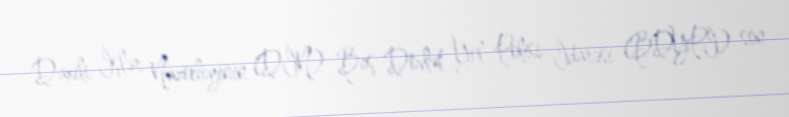
Daxili İşlər Nazirliyinin (DİN) Baş Dövlət Yol Polisi İdarəsi (BDYPİ) son